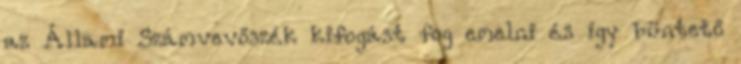
az Állami Számvevőszék kifogást fog emelni és így büntető